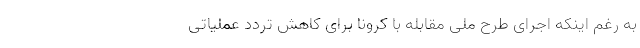
به رغم اینکه اجرای طرح ملی مقابله با کرونا برای کاهش تردد عملیاتی